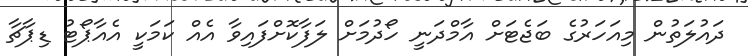
ދައުލަތުން މިއަހަރުގެ ބަޖެޓަށް އާމްދަނީ ހޯދުމަށް ލަފާކޮށްފައިވާ އެއް ކަމަކީ އެއާޕޯޓު ޑިޕާޗާ